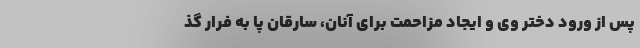
پس از ورود دختر وی و ایجاد مزاحمت برای آنان، سارقان پا به فرار گذ